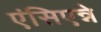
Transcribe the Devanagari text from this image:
एंसिएन्ने